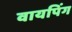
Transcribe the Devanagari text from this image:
वायपिंग